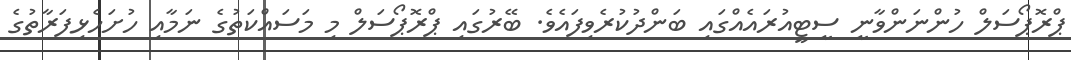
ޕްރޮޕޯސަލް ހުންނަންވާނީ ސީޓީއުރައެއްގައި ބަންދުކުރެވިފައެވެ. ބޭރުގައި ޕްރޮޕޯސަލް މި މަސައްކަތުގެ ނަމާއި ހުށަހެޅިފަރާތުގެ